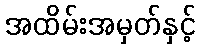
အထိမ်းအမှတ်နှင့်